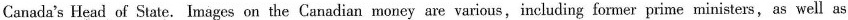
Canada's Head of State.Images on the Canadian money are various,including former prime ministers,as well as